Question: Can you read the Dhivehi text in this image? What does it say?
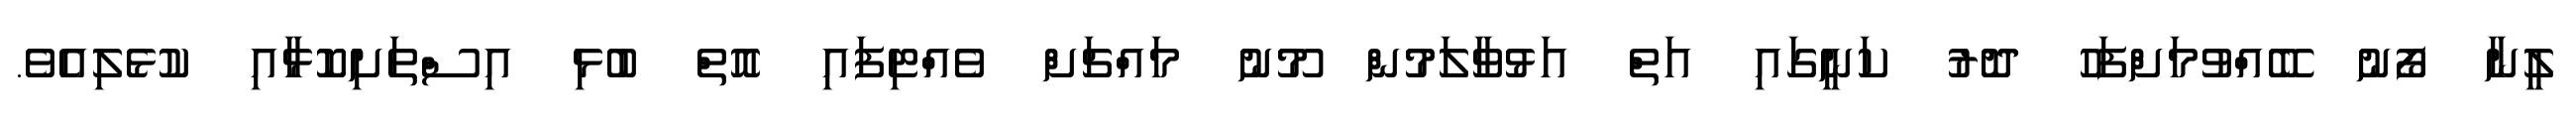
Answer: ލީނާ ފޯނު ބޭއްވުމަށްފަހު ދޮރު ކަނީގައި އަތް އަޅުވާލަމުން މޫނު މައްޗަށް ވެއްޓިފައި އޮތް ބުޅި އިސްތަށިކޮޅާއި ކުޅެލިއެވެ.